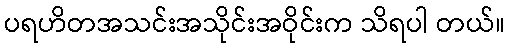
ပရဟိတအသင်းအသိုင်းအဝိုင်းက သိရပါ တယ်။